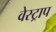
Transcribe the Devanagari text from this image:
वेस्ट्राप